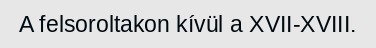
A felsoroltakon kívül a XVII-XVIII.